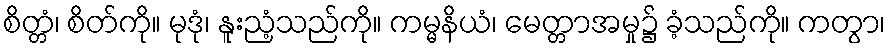
စိတ္တံ၊ စိတ်ကို။ မုဒုံ၊ နူးညံ့သည်ကို။ ကမ္မနိယံ၊ မေတ္တာအမှု၌ ခံ့သည်ကို။ ကတွာ၊